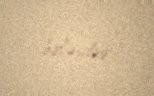
birləşdirir.